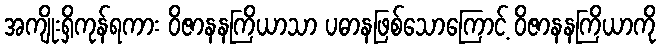
အကျိုးရှိကုန်ရကား ဝိဇာနနကြိယာသာ ပဓာနဖြစ်သောကြောင့် ဝိဇာနနကြိယာကို